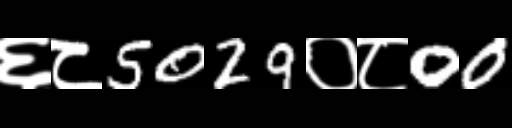
Text: ६८5029०८00